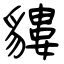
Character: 貗